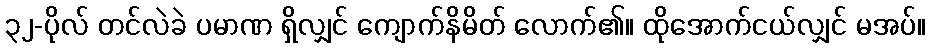
၃၂-ပိုလ် တင်လဲခဲ ပမာဏ ရှိလျှင် ကျောက်နိမိတ် လောက်၏။ ထိုအောက်ငယ်လျှင် မအပ်။